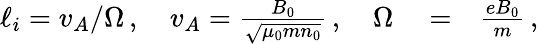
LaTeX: \begin{array}{rlr}{\ell_{i}=v_{A}/\Omega\, ,\quad v_{A}=\frac{B_{0}}{\sqrt{\mu_{0}mn_{0}}}\, ,\quad\Omega}&{{}=}&{\frac{eB_{0}}{m}\, ,}\end{array}